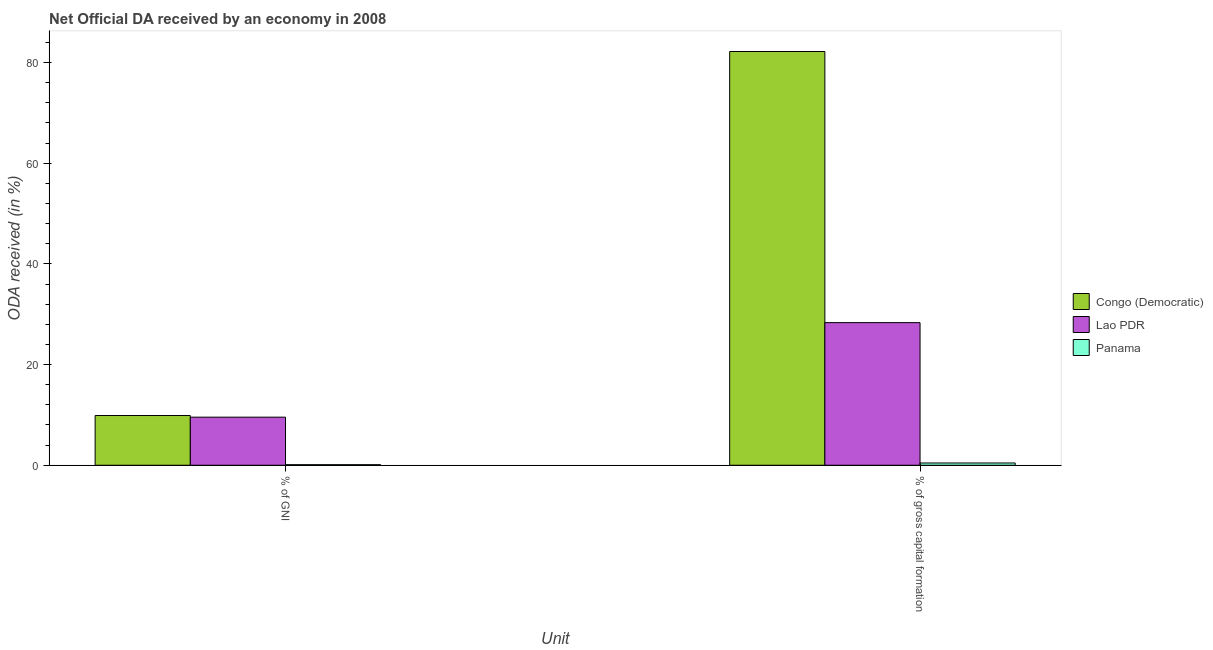
| Unit | Congo (Democratic) | Lao PDR | Panama |
 | --- | --- | --- | --- |
 | % of GNI | 9.88 | 9.55 | 0.109 |
 | % of gross capital formation | 82.2 | 28.3 | 0.449 |